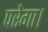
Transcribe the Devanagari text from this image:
परेगा।